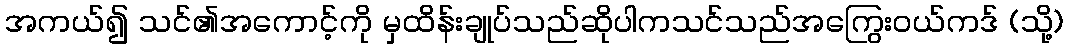
အကယ်၍ သင်၏အကောင့်ကို မှထိန်းချုပ်သည်ဆိုပါကသင်သည်အကြွေးဝယ်ကဒ် (သို့)